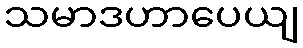
သမာဒဟာပေယျ